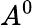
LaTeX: A^{0}